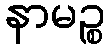
နာမဉ္စ